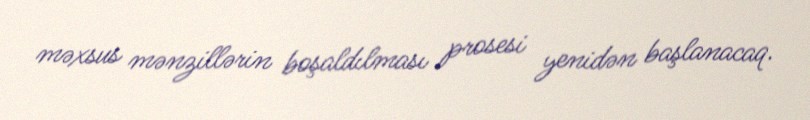
məxsus mənzillərin boşaldılması prosesi yenidən başlanacaq.